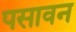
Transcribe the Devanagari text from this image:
पसावन